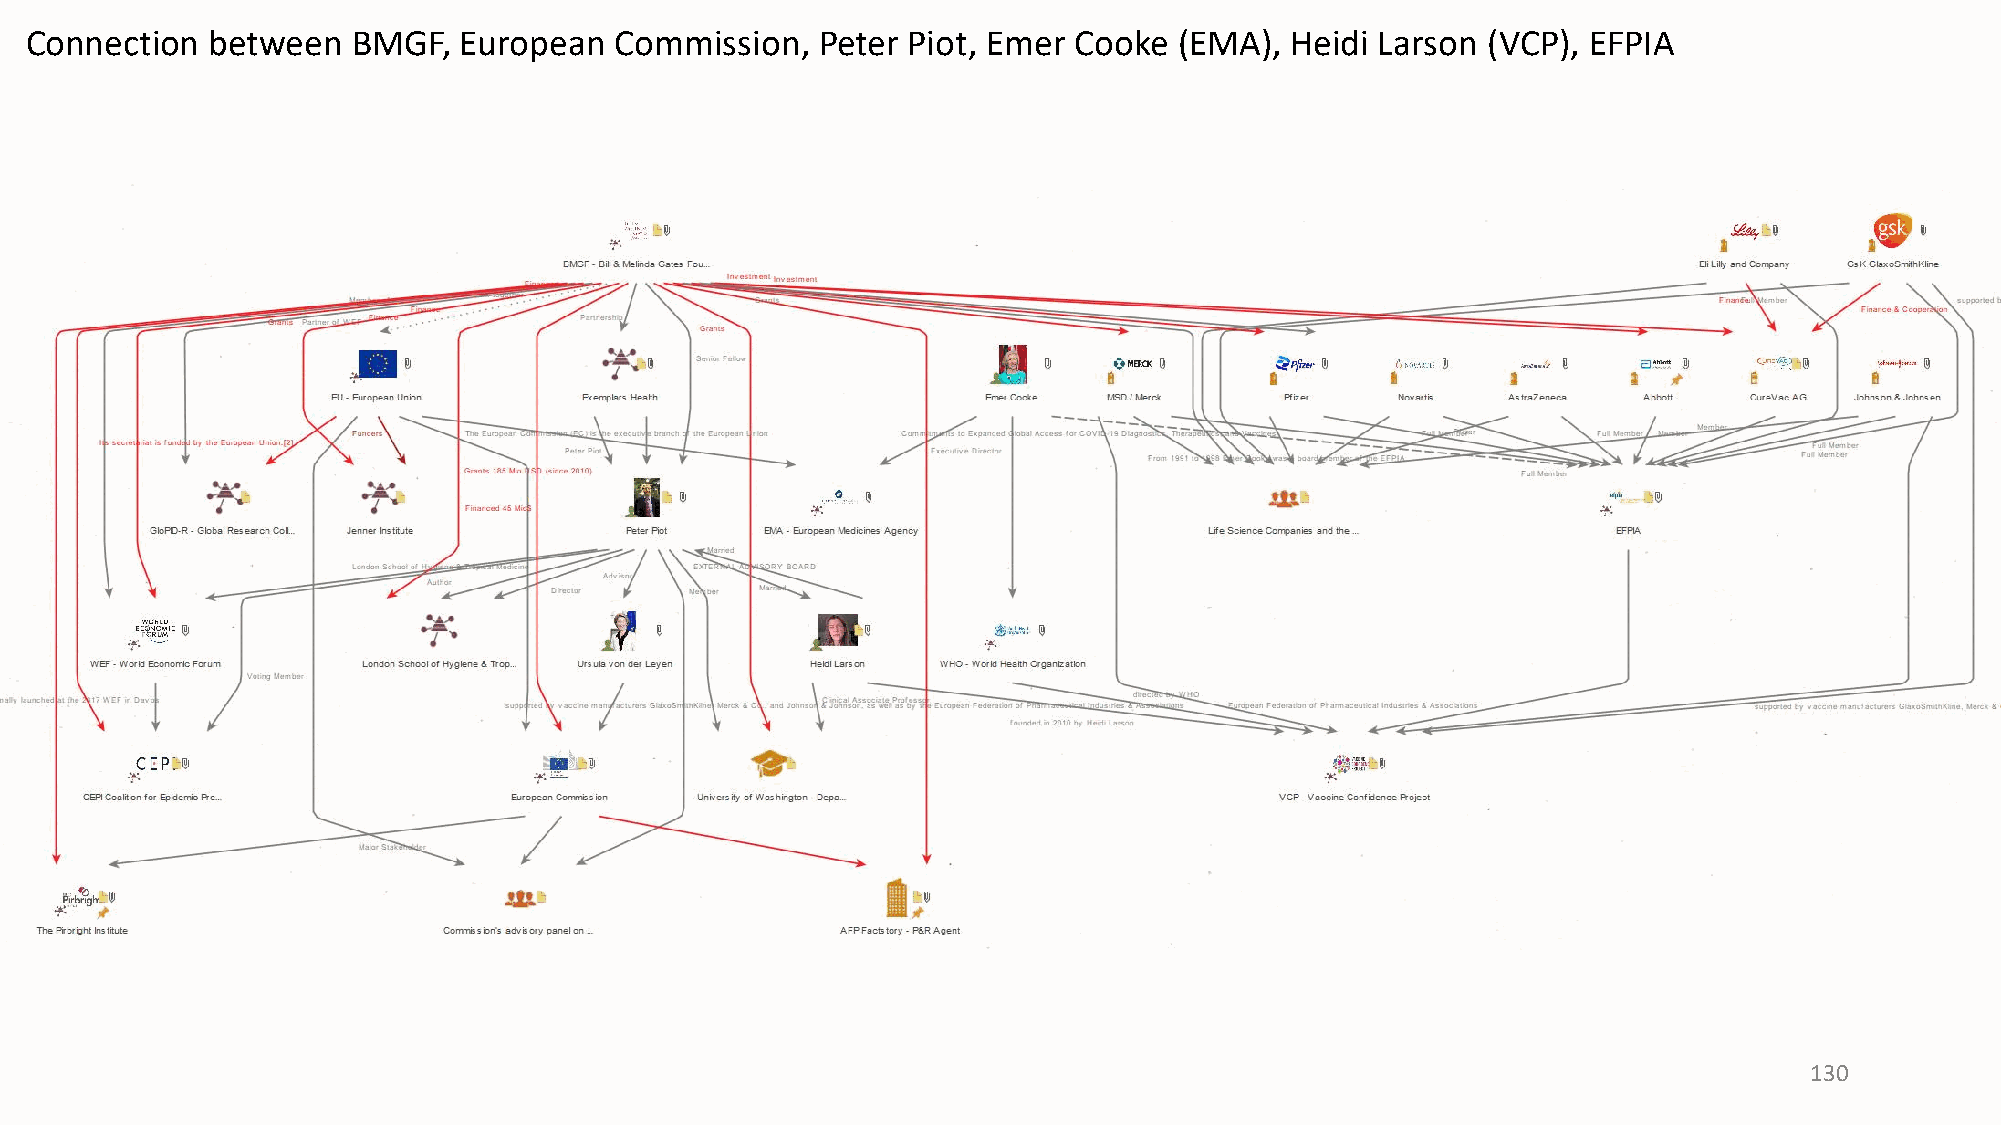
Connection  between  BMGF,  European   Commission,  Peter Piot, Emer Cooke  (EMA), Heidi Larson (VCP), EFPIA
 130